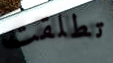
تطلقت